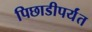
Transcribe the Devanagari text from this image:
पिछाडीपर्यंत